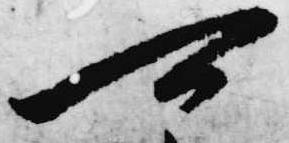
可